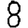
Digit: 8